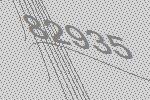
82935